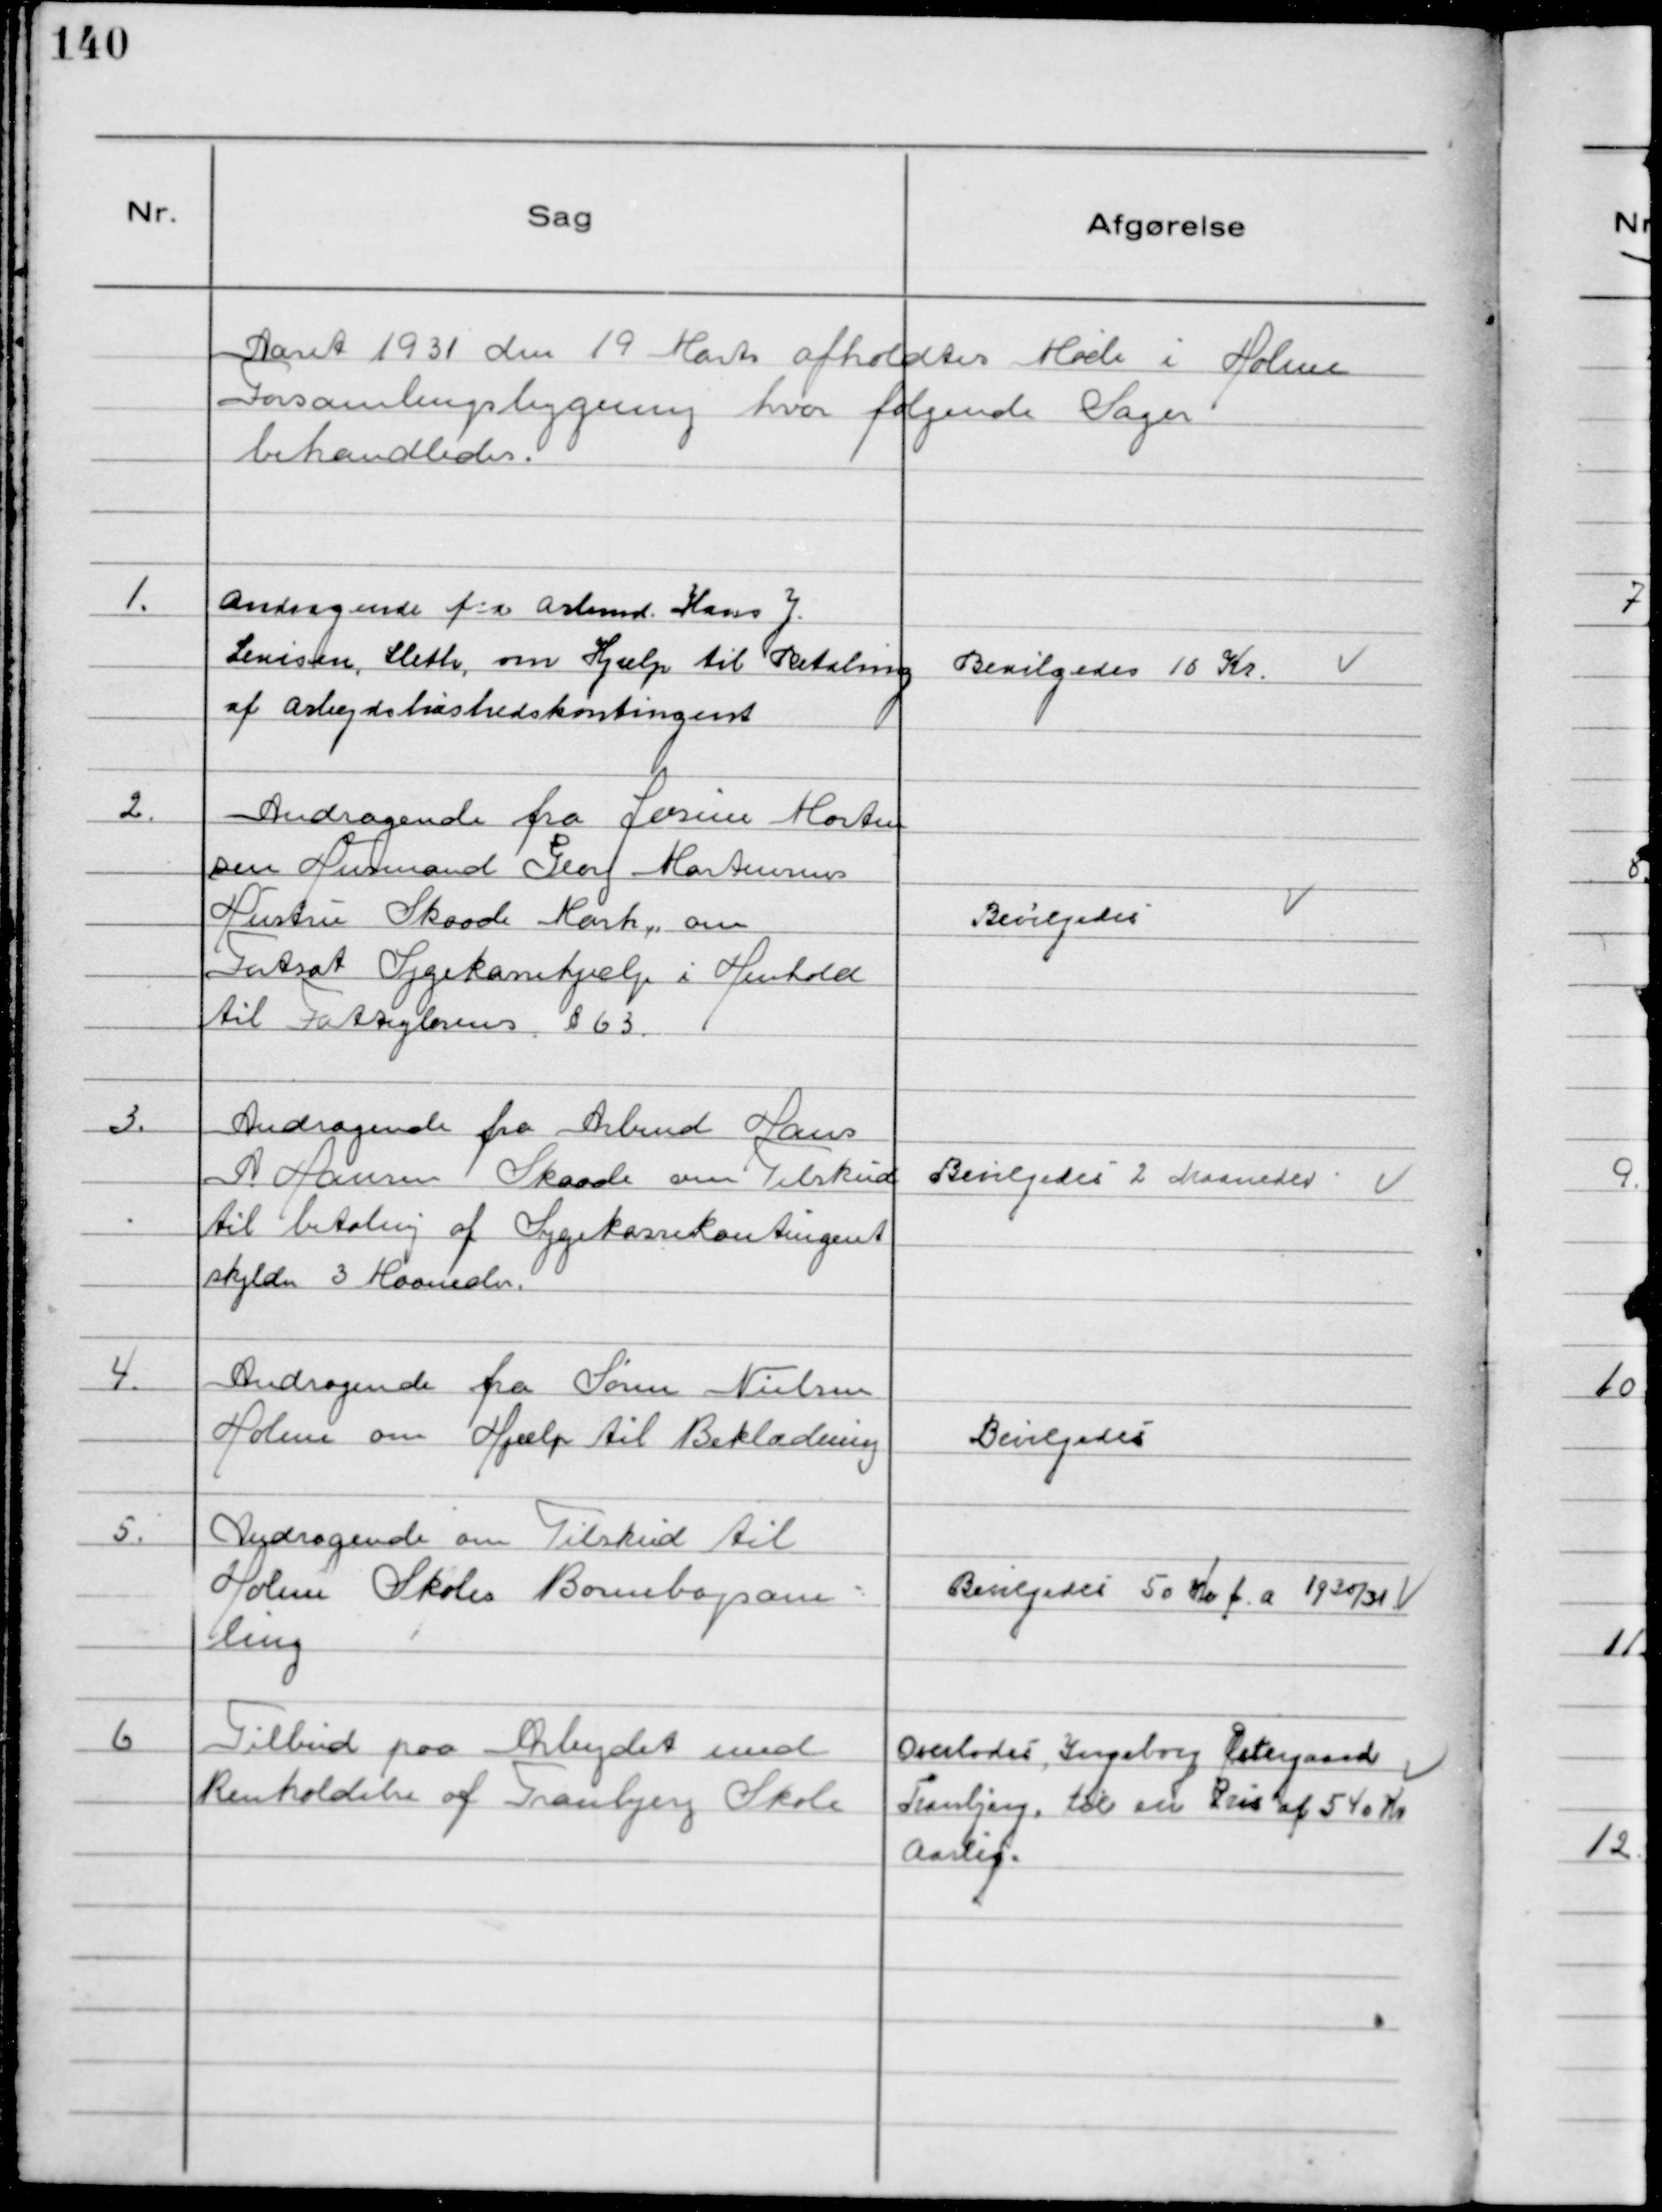
Transskription:
Aaret 1931 den 19 Marts afholdtes Møde i Holme
Forsamlingsbygning hvor følgende Sager
behandledes.

1.
Andragende fra Arbmd. Hans J.
Levisen, Sleth, om Hjælp til Betaling
af Arbejdsløshedskontingent

Bevilgedes 10 Kr.

2.
Andragende fra Jensine Morten
sen Husmand Georg Mortensens
Hustru Skaade Mark, om
Fortsat Sygekassehjælp i Henhold
til Fattiglovens § 63

Bevilgedes

3.
Andragende fra Arbmd Hans
A Hansen Skaade om Tilskud
til betaling af Sygekassekontingent
skylder 3 Maaneder.

Bevilgedes 2 Maaneder

4.
Andragende fra Søren Nielsen
Holme om Hjælp til Beklædning

Bevilgedes

5.
Andragende om Tilskud til
Holme Skoles Børnebogsam-
ling

Bevilgedes 50 Kr f.a. 1930/31

6
Tilbud paa Arbejdet med
Renholdelse af Tranbjerg Skole

Overlodes, Ingeborg Østergaard
Tranbjerg, til en Pris af 540 Kr
Aarlig.